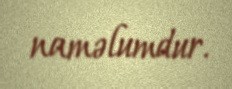
naməlumdur.